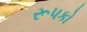
રૂપકો